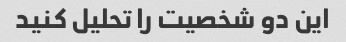
این دو شخصیت را تحلیل کنید